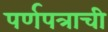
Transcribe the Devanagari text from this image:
पर्णपत्राची